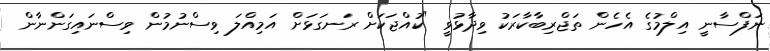
ނަފްސާނީ އިލްމުގެ އެހެން ތަޖްރިބާކާރަކު ވިދާޅުވީ "ކުއްޖަކަށް ރަނގަޅަށް އަމިއްލަ ވިސްނުމުން ވިސްނައިގަންނާން